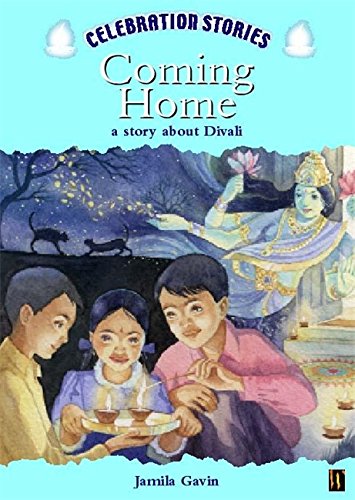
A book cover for Coming Home: A Story About Divali (Celebration Stories); Jamila Gavin; Children's Books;